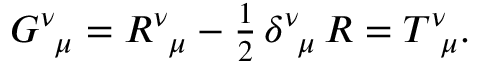
\begin{array} { r } { G _ { \, \, \, \mu } ^ { \nu } = R _ { \, \, \, \mu } ^ { \nu } - \frac { 1 } { 2 } \, \delta _ { \, \, \, \mu } ^ { \nu } \, R = T _ { \, \, \, \mu } ^ { \nu } . } \end{array}